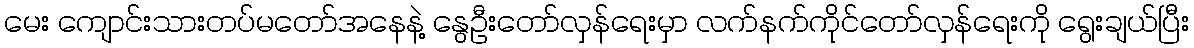
မေး ကျောင်းသားတပ်မတော်အနေနဲ့ နွေဦးတော်လှန်ရေးမှာ လက်နက်ကိုင်တော်လှန်ရေးကို ရွေးချယ်ပြီး